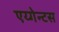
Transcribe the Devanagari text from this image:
एय्गेन्टस